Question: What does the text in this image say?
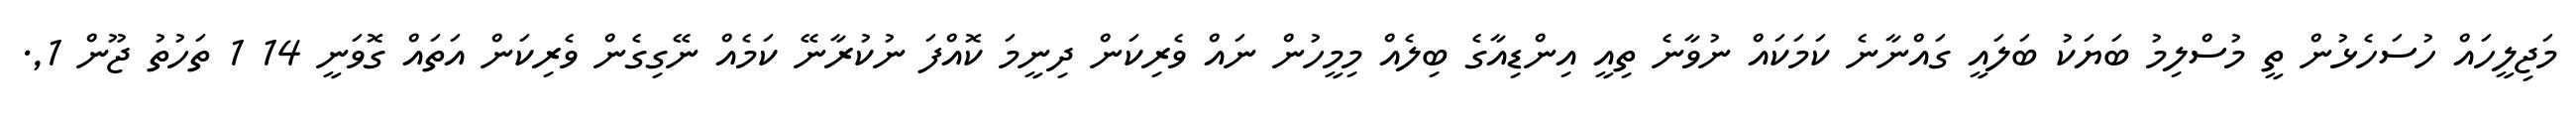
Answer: މަޖިލީހައް ހުސަހެޅުން ތީ މުސްލިމު ބަޔަކު ބަލައީ ގައްނާނެ ކަމަކައް ނުވާނެ ތިއީ އިންޑިއާގެ ބިލެއް މިމީހުން ނައް ވެރިކަން ދިނީމަ ކޮއްފަ ނުކުރާނޭ ކަމެއް ނޭގިގެން ވެރިކަން އަތައް ގޮވަނީ 14 1 ތަހުތު ޖޫން 1,.